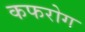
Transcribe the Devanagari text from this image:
कफरोग